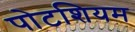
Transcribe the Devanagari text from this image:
पोटशियम